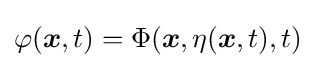
\varphi ({\boldsymbol {x}},t)=\Phi ({\boldsymbol {x}},\eta ({\boldsymbol {x}},t),t)